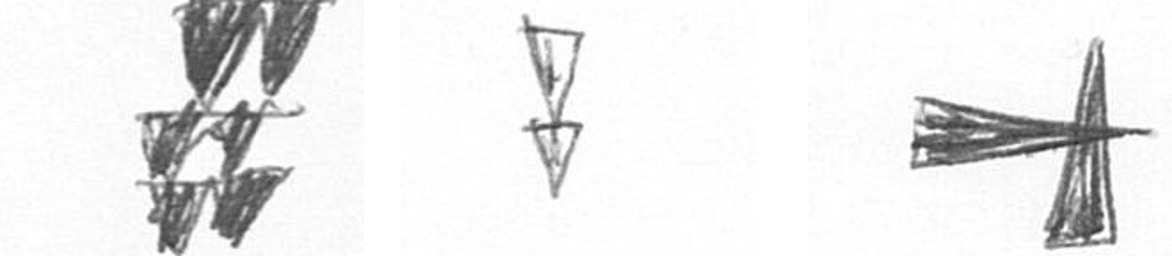
Y Z G